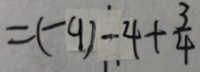
= ( - 9 ) - 4 + \frac { 3 } { 4 }